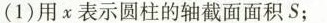
(1)用x表示圆柱的轴截面面积S；